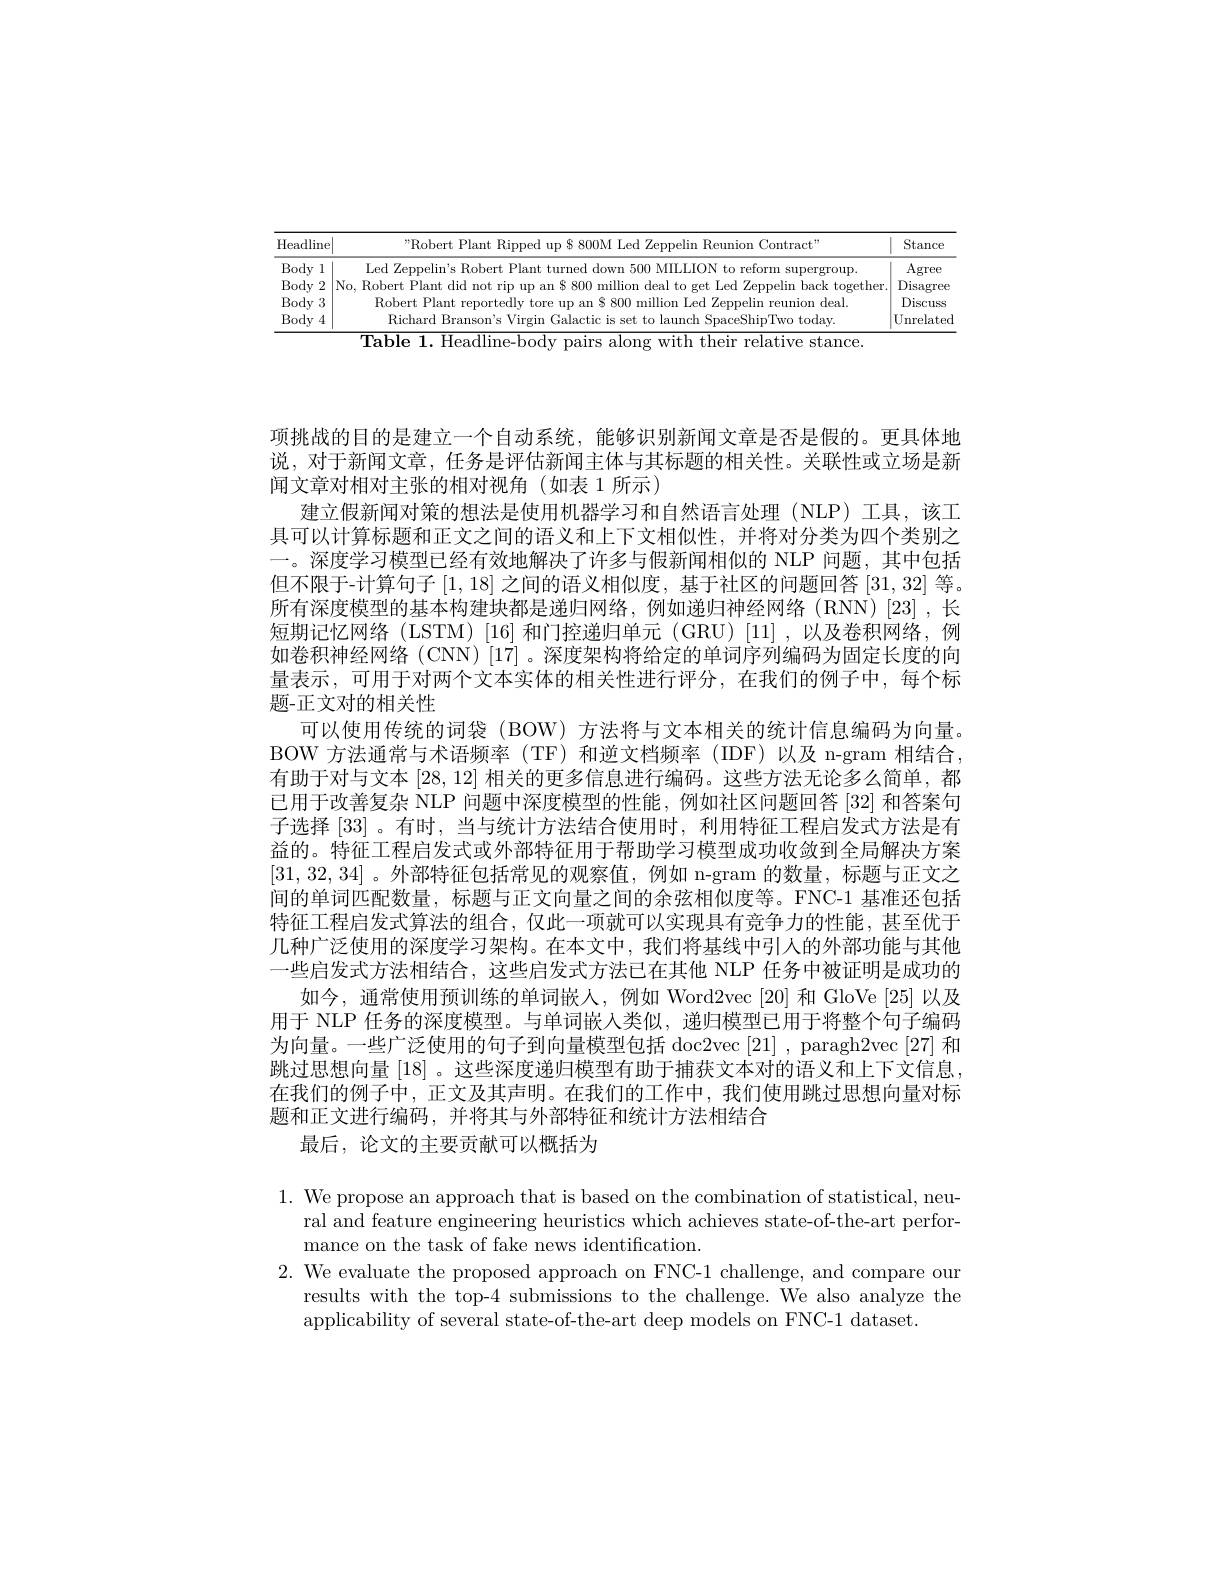
<table>
	<tbody>
		<tr>
			<th>Headline</th>
			<th>$ ^\prime$Robert Plant Ripped up $800M Led Zeppelin Reunion Contract"</th>
			<th>Stance</th>
		</tr>
		<tr>
			<td>Body 1</td>
			<td>$\Gamma_{\mathrm{ed}}$ rgroup</td>
			<td>Agree</td>
		</tr>
		<tr>
			<td>Body 2</td>
			<td>Rahart Plant hark tovethe</td>
			<td>Disagree</td>
		</tr>
		<tr>
			<td>Body 3</td>
			<td>Rohert Plant reportedlv tore r illion Led Zeppelin reunion deal</td>
			<td>Discuss</td>
		</tr>
		<tr>
			<td>Body 4</td>
			<td>3ichar SnacaShin"lwo tadar</td>
			<td>$U_{1}$ ${\mathrm{nrelated}}$</td>
		</tr>
	</tbody>
</table>

项挑战的目的是建立一个自动系统，能够识别新闻文章是否是假的。更具体地说，对于新闻文章，任务是评估新闻主体与其标题的相关性。关联性或立场是新闻文章对相对主张的相对视角(如表 1 所示)
建立假新闻对策的想法是使用机器学习和自然语言处理(NLP) 工具，该工具可以计算标题和正文之间的语义和上下文相似性，并将对分类为四个类别之一。深度学习模型已经有效地解决了许多与假新闻相似的 NLP 问题，其中包括但不限于-计算句子[1,18]之间的语义相似度，基于社区的问题回答[31,32]等。所有深度模型的基本构建块都是递归网络，例如递归神经网络(RNN)[23],长短期记忆网络(LSTM)[16]和门控递归单元(GRU)[11],以及卷积网络，例如卷积神经网络 (CNN) |17| 。深度架构将给定的单词序列编码为固定长度的向量表示，可用于对两个文本实体的相关性进行评分，在我们的例子中，每个标题-正文对的相关性
可以使用传统的词袋 (BOW) 方法将与文本相关的统计信息编码为向量。BOW 方法通常与术语频率 (TF) 和逆文档频率 (IDF)以及 n-gram 相结合， 有助于对与文本[28,12]相关的更多信息进行编码。这些方法无论多么简单，都已用于改善复杂 NLP 问题中深度模型的性能，例如社区间题回答 [32] 和答案句子选择[33] 。有时，当与统计方法结合使用时，利用特征工程启发式方法是有益的。特征工程启发式或外部特征用于帮助学习模型成功收敛到全局解决方案[31,32,34]。外部特征包括常见的观察值，例如 n-gram 的数量，标题与正文之间的单词匹配数量，标题与正文向量之间的余弦相似度等。FNC-1 基准还包括特征工程启发式算法的组合，仅此一项就可以实现具有竞争力的性能，甚至优于几种广泛使用的深度学习架构。在本文中，我们将基线中引人的外部功能与其他一些启发式方法相结合，这些启发式方法已在其他 NLP 任务中被证明是成功的
如今，通常使用预训练的单词嵌人，例如 Word2vec [20] 和 GloVe [25] 以及用于 NLP 任务的深度模型。与单词嵌人类似，递归模型已用于将整个句子编码为向量。一些广泛使用的句子到向量模型包括 doc2vec$\left[21\right]$, paragh2vec$\left[27\right]$和跳过思想向量[18] 。这些深度递归模型有助于捕获文本对的语义和上下文信息， 在我们的例子中，正文及其声明。在我们的工作中，我们使用跳过思想向量对标题和正文进行编码，并将其与外部特征和统计方法相结合
最后，论文的主要贡献可以概括为

1. We propose an approach that is based on the combination of statistical, neu-
ral and feature engineering heuristics which achieves state-of-the-art perfor-
mance on the task of fake news identification.
2. We evaluate the proposed approach on FNC-1 challenge, and compare our
results with the top-4 submissions to the challenge. We also analyze the
applicability of several state-of-the-art deep models on FNC-1 dataset.